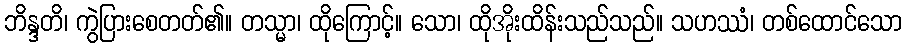
ဘိန္ဒတိ၊ ကွဲပြားစေတတ်၏။ တသ္မာ၊ ထိုကြောင့်။ သော၊ ထိုအိုးထိန်းသည်သည်။ သဟဿံ၊ တစ်ထောင်သော